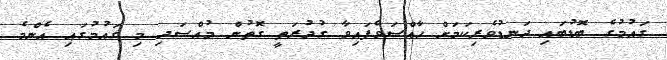
ގައުމުގެ ބޮޑުބައި ދަނޑުވެރިކަމަށް ހާއްސަވެފައިވާ ގުދުރަތީ ގޮތުން މުއްސަދި މި ގައުމުގައި އެންމެ